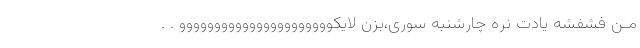
مـن فشفشه یادت نره چارشنبه سوری،بزن لایکوووووووووووووووووووووو . .